Lunatic asylums Central Provinces reports 1895-1909 - 1895-1909
Year: 1895
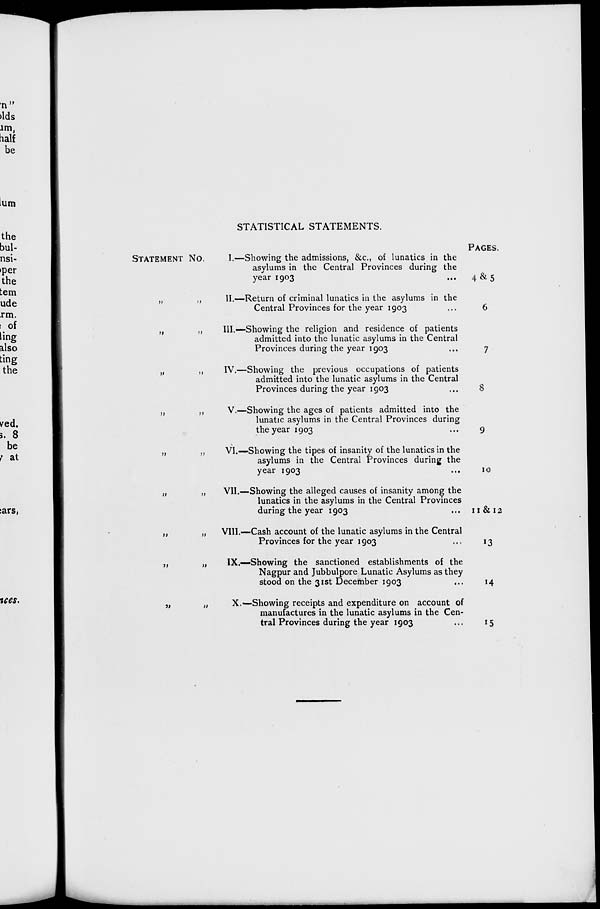
STATISTICAL STATEMENTS.
STATEMENT No.
„ „
„ „
„ „
„ „
„ „
„ „
„ „
„ „
„ „
I.—Showing the admissions, &c, of lunatics in the
asylums in the Central Provinces during the
year 1903
II.—Return of criminal lunatics in the asylums in the
Central Provinces for the year 1903
III.—Showing the religion and residence of patients
admitted into the lunatic asylums in the Central
Provinces during the year 1903
IV.—Showing the previous occupations of patients
admitted into the lunatic asylums in the Central
Provinces during the year 1903
V.—Showing the ages of patients admitted into the
lunatic asylums in the Central Provinces during
the year 1903
VI.—Showing the tipes of insanity of the lunatics in the
asylums in the Central Provinces during the
year 1903
VII.—Showing the alleged causes of insanity among the
lunatics in the asylums in the Central Provinces
during the year 1903
VIII.—Cash account of the lunatic asylums in the Central
Provinces for the year 1903
IX.—Showing the sanctioned establishments of the
Nagpur and Jubbulpore Lunatic Asylums as they
stood on the 31st December 1903
X.—Showing receipts and expenditure on account of
manufactures in the lunatic asylums in the Cen-
tral Provinces during the year 1903
PAGES.
4&5
6
7
8
9
10
11 & 12
13
14
15